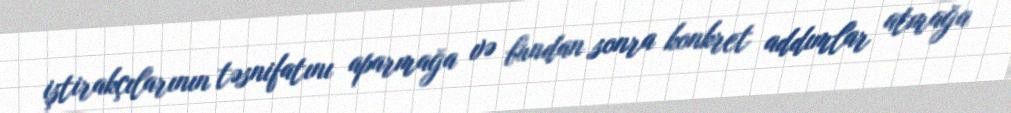
iştirakçılarının təsnifatını aparmağa və bundan sonra konkret addımlar atmağa